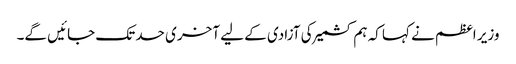
وزیر اعظم نے کہا کہ ہم کشمیر کی آزادی کے لیے آخری حد تک جائیں گے۔